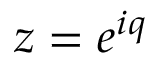
z = e ^ { i q }